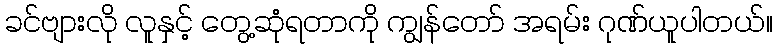
ခင်ဗျားလို လူနှင့် တွေ့ဆုံရတာကို ကျွန်တော် အရမ်း ဂုဏ်ယူပါတယ်။